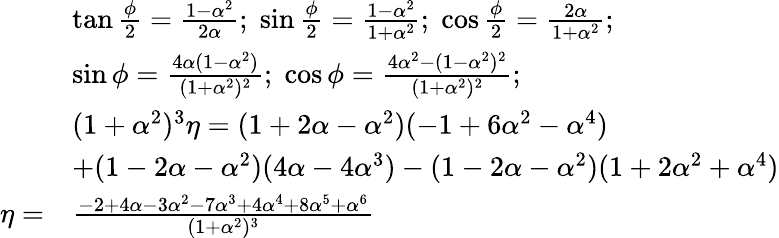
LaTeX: \begin{array}{rl}&{\tan\frac{\phi}{2}=\frac{1-\alpha^{2}}{2\alpha};\; \sin\frac{\phi}{2}=\frac{1-\alpha^{2}}{1+\alpha^{2}};\; \cos\frac{\phi}{2}=\frac{2\alpha}{1+\alpha^{2}};}\\ &{\sin\phi=\frac{4\alpha(1-\alpha^{2})}{(1+\alpha^{2})^{2}};\; \cos\phi=\frac{4\alpha^{2}-(1-\alpha^{2})^{2}}{(1+\alpha^{2})^{2}};}\\ &{(1+\alpha^{2})^{3}\eta=(1+2\alpha-\alpha^{2})(-1+6\alpha^{2}-\alpha^{4})}\\ &{+(1-2\alpha-\alpha^{2})(4\alpha-4\alpha^{3})-(1-2\alpha-\alpha^{2})(1+2\alpha^{2}+\alpha^{4})}\\ {\eta=}&{\frac{-2+4\alpha-3\alpha^{2}-7\alpha^{3}+4\alpha^{4}+8\alpha^{5}+\alpha^{6}}{(1+\alpha^{2})^{3}}}\end{array}